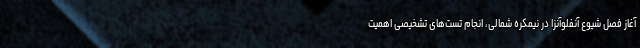
آغاز فصل شیوع آنفلوآنزا در نیمکره شمالی، انجام تست‌های تشخیصی اهمیت